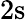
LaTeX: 2\mathrm{s}